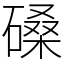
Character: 磉